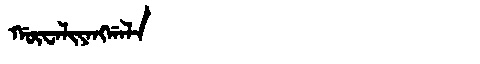
Manchu: ᡤᡡᠸᠠᠯᡳᠶᠠᠩᡤᠠᠯᠠ
Romanization: GŪWALIYANGGALA